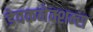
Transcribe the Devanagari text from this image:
डेवकनेक्शन्स